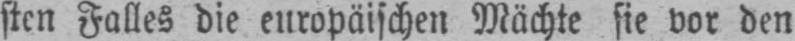
sten Falles die europäischen Mächte sie vor den